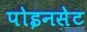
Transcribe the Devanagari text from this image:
पोइनसेट